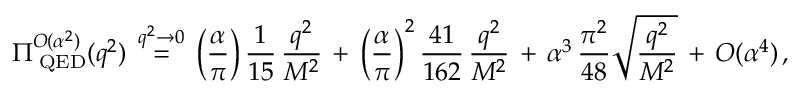
\Pi _ { \mathrm { \tiny ~ Q E D } } ^ { { \cal { O } } ( \alpha ^ { 2 } ) } ( q ^ { 2 } ) \, \stackrel { q ^ { 2 } \to 0 } { = } \, \Big ( \frac { \alpha } { \pi } \Big ) \, \frac { 1 } { 1 5 } \, \frac { q ^ { 2 } } { M ^ { 2 } } \, + \, \Big ( \frac { \alpha } { \pi } \Big ) ^ { 2 } \, \frac { 4 1 } { 1 6 2 } \, \frac { q ^ { 2 } } { M ^ { 2 } } \, + \, \alpha ^ { 3 } \, \frac { \pi ^ { 2 } } { 4 8 } \sqrt { \frac { q ^ { 2 } } { M ^ { 2 } } } \, + \, { \cal { O } } ( \alpha ^ { 4 } ) \, ,